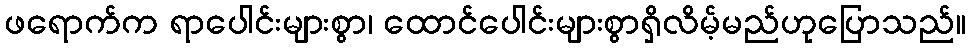
ဖရောက်က ရာပေါင်းများစွာ၊ ထောင်ပေါင်းများစွာရှိလိမ့်မည်ဟုပြောသည်။